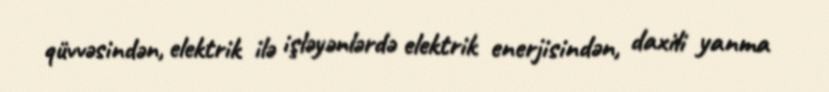
qüvvəsindən, elektrik ilə işləyənlərdə elektrik enerjisindən, daxili yanma